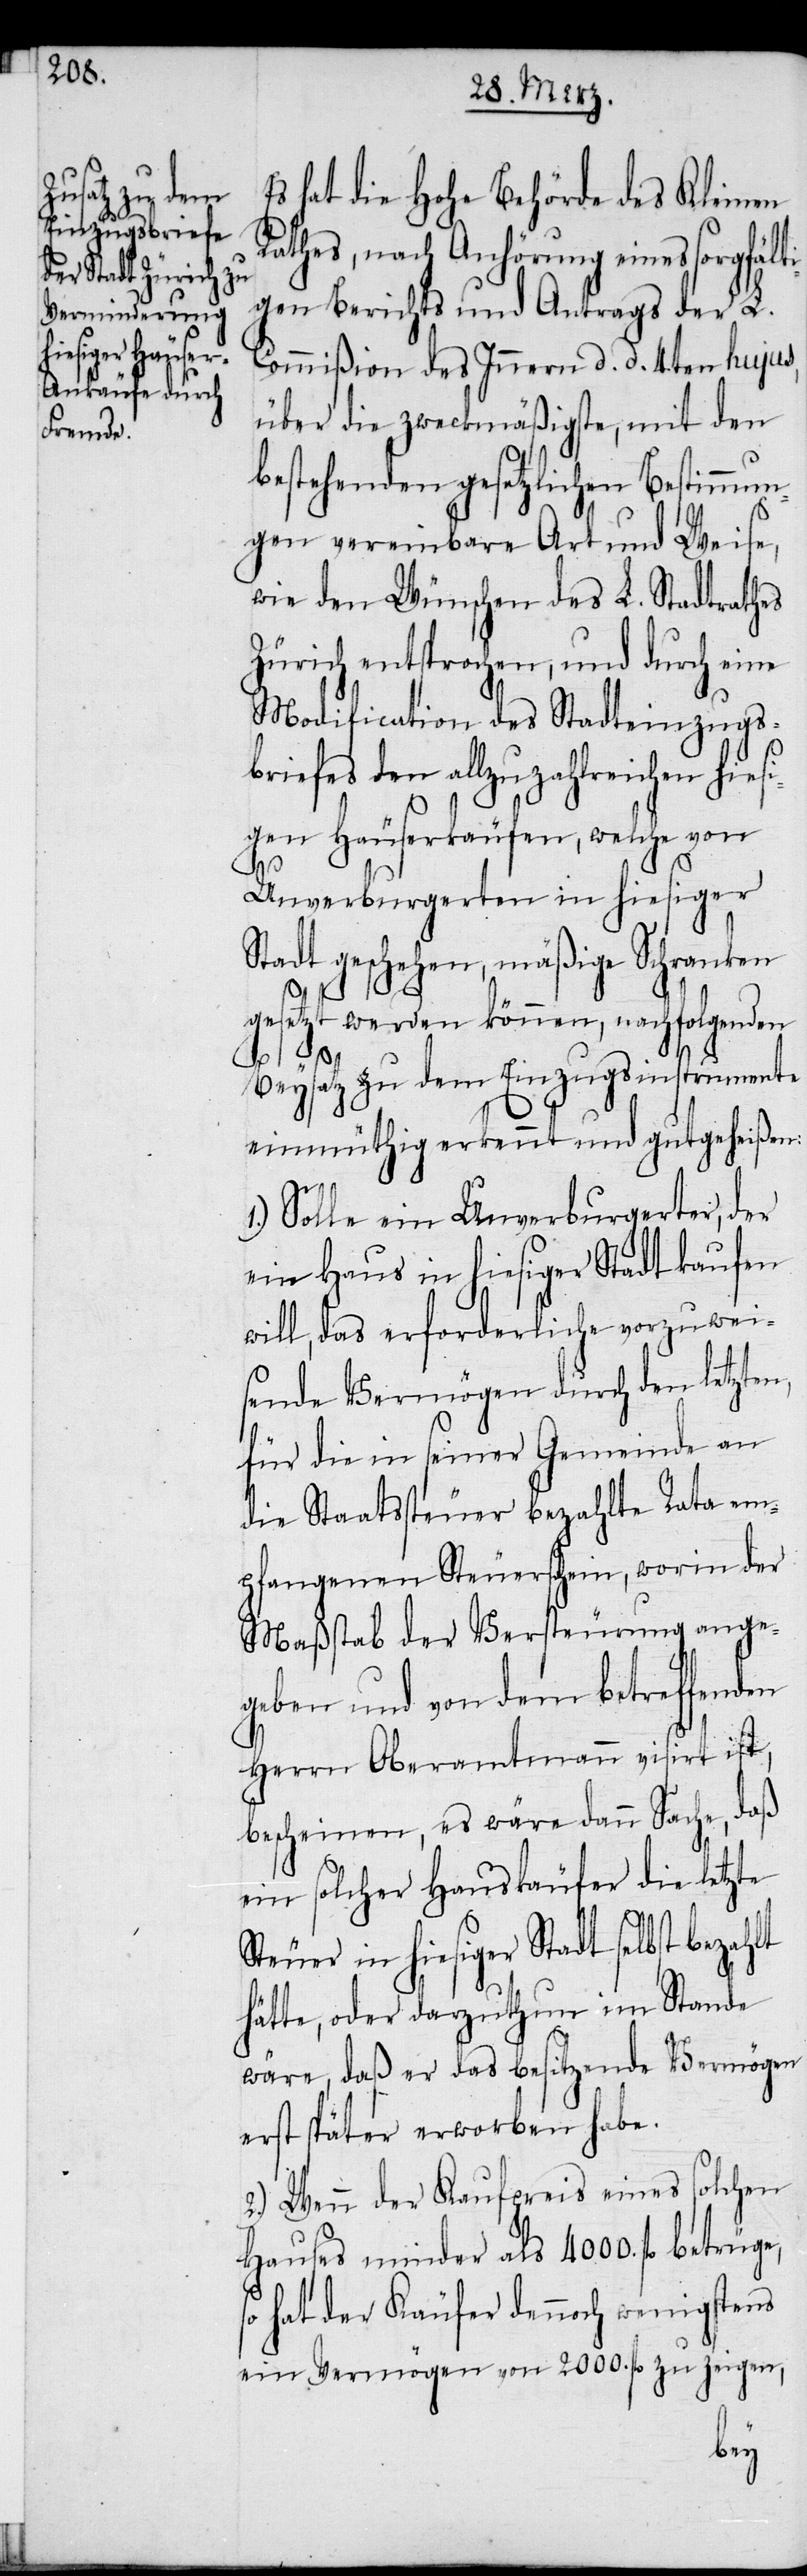
Es hat die Hohe Behörde des Kleinen
Rathes, nach Anhörung eines sorgfälti¬
gen Berichts und Antrags der L.
Commißion des Innern d. d. 4ten hujus,
über die zweckmäßigste, mit den
bestehenden gesetzlichen Bestimmun¬
gen vereinbarte Art und Weise,
wie den Wünschen des L. Stadtrathes
Zürich entsprochen, und durch eine
Modification des Stadteinzugs¬
briefes den allzuzahlreichen hiesi¬
gen Häuserkäufen, welche von
Unverburgerten in hiesiger
Stadt geschehen, mäßige Schranken
gesetzt werden können, nachfolgenden
Beysatz zu dem Einzugsinstrumente
einmüthig erkennt und gutgeheißen:
Solle ein Unverburgerter, der
ein Haus in hiesiger Stadt kaufen
will, das erforderliche vorzuwei¬
sende Vermögen durch den letzten,
für die in seiner Gemeinde an
die Staatssteuer bezahlte Rata em¬
pfangenen Steuerschein, worin der
Maßstab der Versteurung ange¬
geben und von dem betreffenden
Herrn Oberamtmann visirt ist,
bescheinen, es wäre dann Sache, daß
ein solcher Hauskäufer die letzte
Steuer in hiesiger Stadt selbst bezahlt
hätte, oder darzuthun im Stande
wäre, daß er das besitzende Vermögen
erst später erworben habe.
2.) Wenn der Kaufpreis eines solchen
Hauses minder als 4000. fl betrüge,
hat der Käufer dennoch wenigstens
ein Vermögen von 2000. fl zu zeigen,